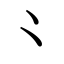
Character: ⺀